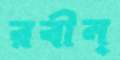
রবীন্